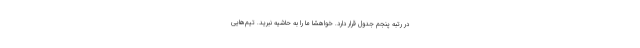
در رتبه پنجم جدول قرار دارد. خواهشا ما را به حاشیه نبرید. تیم‌هایی